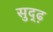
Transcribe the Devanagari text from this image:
सुद्ढ़